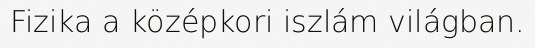
Fizika a középkori iszlám világban.